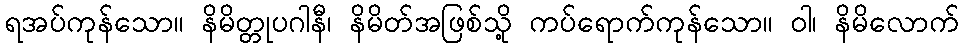
ရအပ်ကုန်သော။ နိမိတ္တုပဂါနီ၊ နိမိတ်အဖြစ်သို့ ကပ်ရောက်ကုန်သော။ ဝါ၊ နိမိလောက်